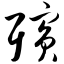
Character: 殡